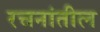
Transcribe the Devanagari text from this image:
रचनांतील